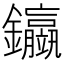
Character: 𨰊